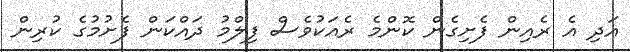
އަދި އެ ރެއިން ފެށިގެން ކޮންމެ ރެއަކުވެސް ފިލްމު ދައްކަން ފެށުމުގެ ކުރިން